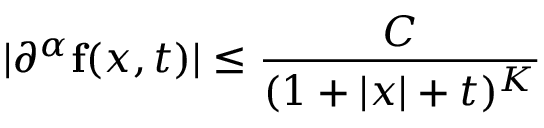
\vert \partial ^ { \alpha } \mathbf { f } ( x , t ) \vert \leq { \frac { C } { ( 1 + \vert x \vert + t ) ^ { K } } } \qquad